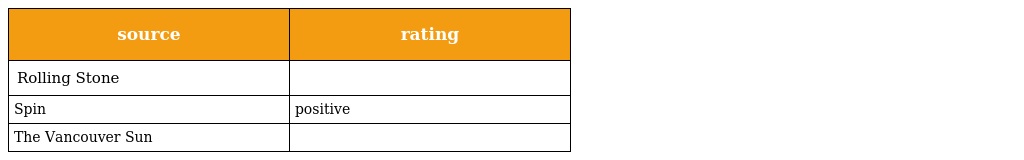
| source | rating |
 | --- | --- |
 | Rolling Stone |  |
 | Spin | positive |
 | The Vancouver Sun |  |